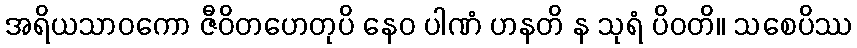
အရိယသာဝကော ဇီဝိတဟေတုပိ နေဝ ပါဏံ ဟနတိ န သုရံ ပိဝတိ။ သစေပိဿ